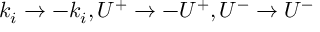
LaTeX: k _ { i } \to - k _ { i } , U ^ { + } \to - U ^ { + } , U ^ { - } \to U ^ { - }